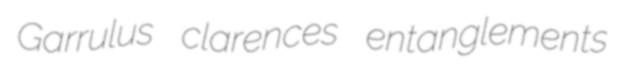
Garrulus clarences entanglements